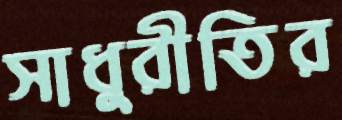
সাধুরীতির